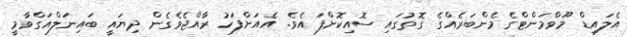
އެލައިޑް މޫވްމަންޓްގެ މެންބަރެއްގެ ގޮތުގައި ސޮއިކޮށްފަ އެވެ. އެއަށްފަހު ރާއްޖެވެގެން ދިޔައީ ބައިނަލްއަގްވާމީ